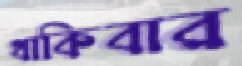
থাকিবার